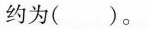
约为()。